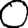
Digit: 0